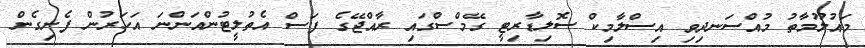
މައުލޫމާތު މުއްސަނދިވި އިސްލާމިކް ސޮލިޑާރިޓީ ގޭމްސްގައި ރާއްޖޭގެ ފަސް އެތުލީޓުންއަންނަ އަހަރުން ފެށިގެން